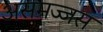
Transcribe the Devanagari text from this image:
असमज्जस